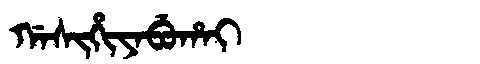
Manchu: ᡤᠠᠰᡳᡥᡳᠶᠠᠪᡠᡥᠠᡳ
Romanization: GASIHIYABUHAI